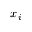
x _ { i }